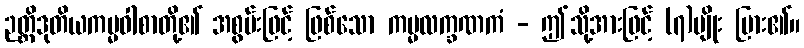
ဉတ္တိဒုတိယကမ္မဝါစာတို့၏ အစွမ်းဖြင့် ဖြစ်သော ကမ္မလက္ခဏကံ - ဤသို့အားဖြင့် (၇)မျိုး ပြား၏။